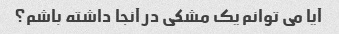
آیا می توانم یک مشکی در آنجا داشته باشم؟